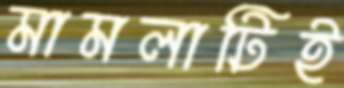
মামলাটিই